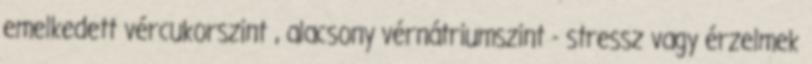
emelkedett vércukorszint , alacsony vérnátriumszint - stressz vagy érzelmek